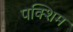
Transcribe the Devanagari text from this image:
पक्शिम